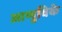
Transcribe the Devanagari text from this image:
आणुविके